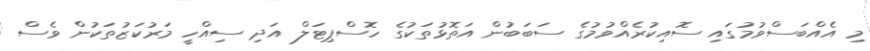
މި އެއްބަސްވުމުގައި ސޮއިކުރެއްވުމުގެ ސަބަބުން އަތޮޅުތަކުގެ ހޮސްޕިޓަލް އަދި ސިއްހީ މަރުކަޒުތަކުން ވެސް